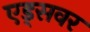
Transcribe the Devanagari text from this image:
एड्‌सवर